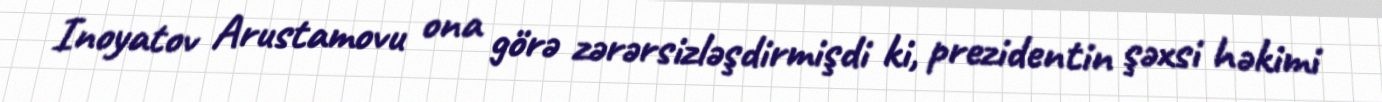
Inoyatov Arustamovu ona görə zərərsizləşdirmişdi ki, prezidentin şəxsi həkimi